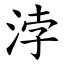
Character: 浡